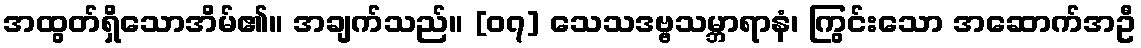
အထွတ်ရှိသောအိမ်၏။ အချက်သည်။ [၀၇] သေသဒဗ္ဗသမ္ဘာရာနံ၊ ကြွင်းသော အဆောက်အဦ